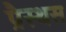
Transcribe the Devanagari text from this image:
प्रैस्थस